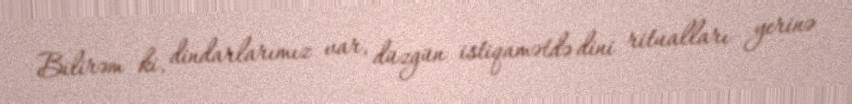
Bilirəm ki, dindarlarımız var, düzgün istiqamətdə dini ritualları yerinə